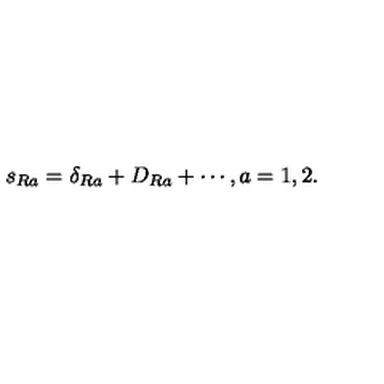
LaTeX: s _ { R a } = \delta _ { R a } + D _ { R a } + \cdots , a = 1 , 2 .